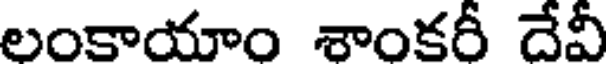
లంకాయాం శాంకరీ దేవీ